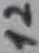
Text: 12